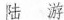
陆游